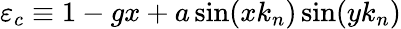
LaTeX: \varepsilon_{c}\equiv 1-gx+a\sin(xk_{n})\sin(yk_{n})